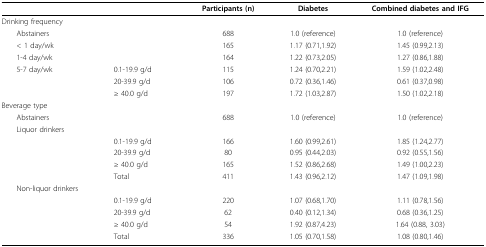
<table><thead><tr><td></td><td></td><td><b>Participants (n)</b></td><td><b>Diabetes</b></td><td><b>Combined diabetes and IFG</b></td></tr></thead><tbody><tr><td>Drinking frequency</td><td></td><td></td><td></td><td></td></tr><tr><td> Abstainers</td><td></td><td>688</td><td>1.0 (reference)</td><td>1.0 (reference)</td></tr><tr><td> &lt; 1 day/wk</td><td></td><td>165</td><td>1.17 (0.71,1.92)</td><td>1.45 (0.99,2.13)</td></tr><tr><td> 1-4 day/wk</td><td></td><td>164</td><td>1.22 (0.73,2.05)</td><td>1.27 (0.86,1.88)</td></tr><tr><td> 5-7 day/wk</td><td>0.1-19.9 g/d</td><td>115</td><td>1.24 (0.70,2.21)</td><td>1.59 (1.02,2.48)</td></tr><tr><td></td><td>20-39.9 g/d</td><td>106</td><td>0.72 (0.36,1.46)</td><td>0.61 (0.37,0.98)</td></tr><tr><td></td><td>≥ 40.0 g/d</td><td>197</td><td>1.72 (1.03,2.87)</td><td>1.50 (1.02,2.18)</td></tr><tr><td>Beverage type</td><td></td><td></td><td></td><td></td></tr><tr><td> Abstainers</td><td></td><td>688</td><td>1.0 (reference)</td><td>1.0 (reference)</td></tr><tr><td> Liquor drinkers</td><td></td><td></td><td></td><td></td></tr><tr><td></td><td>0.1-19.9 g/d</td><td>166</td><td>1.60 (0.99,2.61)</td><td>1.85 (1.24,2.77)</td></tr><tr><td></td><td>20-39.9 g/d</td><td>80</td><td>0.95 (0.44,2.03)</td><td>0.92 (0.55,1.56)</td></tr><tr><td></td><td>≥ 40.0 g/d</td><td>165</td><td>1.52 (0.86,2.68)</td><td>1.49 (1.00,2.23)</td></tr><tr><td></td><td>Total</td><td>411</td><td>1.43 (0.96,2.12)</td><td>1.47 (1.09,1.98)</td></tr><tr><td> Non-liquor drinkers</td><td></td><td></td><td></td><td></td></tr><tr><td></td><td>0.1-19.9 g/d</td><td>220</td><td>1.07 (0.68,1.70)</td><td>1.11 (0.78,1.56)</td></tr><tr><td></td><td>20-39.9 g/d</td><td>62</td><td>0.40 (0.12,1.34)</td><td>0.68 (0.36,1.25)</td></tr><tr><td></td><td>≥ 40.0 g/d</td><td>54</td><td>1.92 (0.87,4.23)</td><td>1.64 (0.88, 3.03)</td></tr><tr><td></td><td>Total</td><td>336</td><td>1.05 (0.70,1.58)</td><td>1.08 (0.80,1.46)</td></tr></tbody></table>